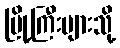
မြို့ကြီးများသို့